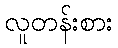
လူတန်းစား